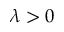
\lambda > 0